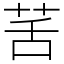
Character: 䒷